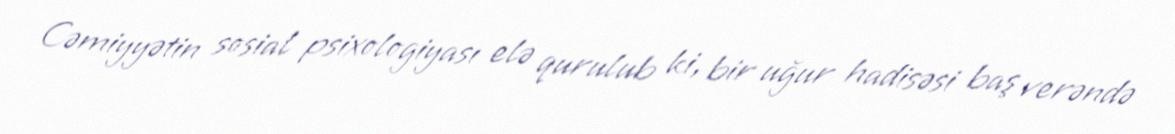
Cəmiyyətin sosial psixologiyası elə qurulub ki, bir uğur hadisəsi baş verəndə